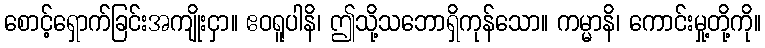
စောင့်ရှောက်ခြင်းအကျိုးငှာ။ ဧဝရူပါနိ၊ ဤသို့သဘောရှိကုန်သော။ ကမ္မာနိ၊ ကောင်းမှု့တို့ကို။